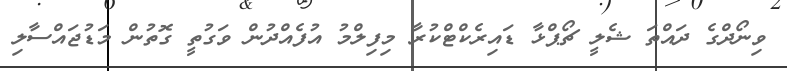
ވިނޯދްގެ ދައްތަ ޝެލީ ޗޯޕްޅާ ޑައިރެކްޓްކުރާ މިފިލްމު އުފެއްދުން ވަގުތީ ގޮތުން މަޑުޖައްސާލި